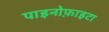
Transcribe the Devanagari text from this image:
पाइनोफ़ाइटा